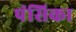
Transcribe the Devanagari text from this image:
पंसिका